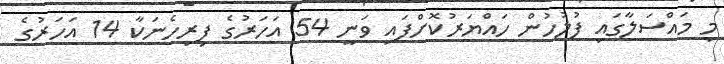
މި މައްސަލާގައި ފުލުހުން ހައްޔަރުކޮށްފައި ވަނީ 54 އަހަރުގެ ފިރިހެނަކާ 14 އަހަރުގެ